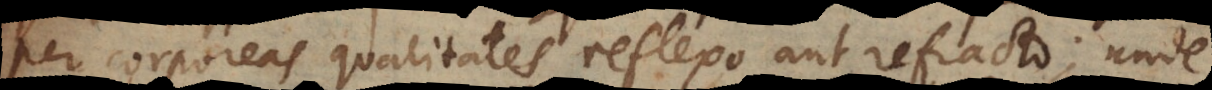
per corporeas qualitates reflexo aut refracto; unde